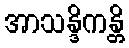
အာသန္ဒိကန္တိ